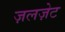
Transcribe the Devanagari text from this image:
ज़लज़ेट